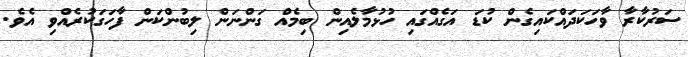
ސަރުކާރާ ވާހަކަދައްކައިގެން ކުޑަ އަގެއްގައި ހުޅުމާލެއިން ބިމެއް ގަންނަން ލިބުންކަން ފާހަގަކުރެއްވި އެވެ.